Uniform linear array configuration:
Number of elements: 32
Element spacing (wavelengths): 0.25
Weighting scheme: binomial
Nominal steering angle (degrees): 45
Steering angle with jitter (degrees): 46.469
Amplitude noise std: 0.05
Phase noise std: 0.05

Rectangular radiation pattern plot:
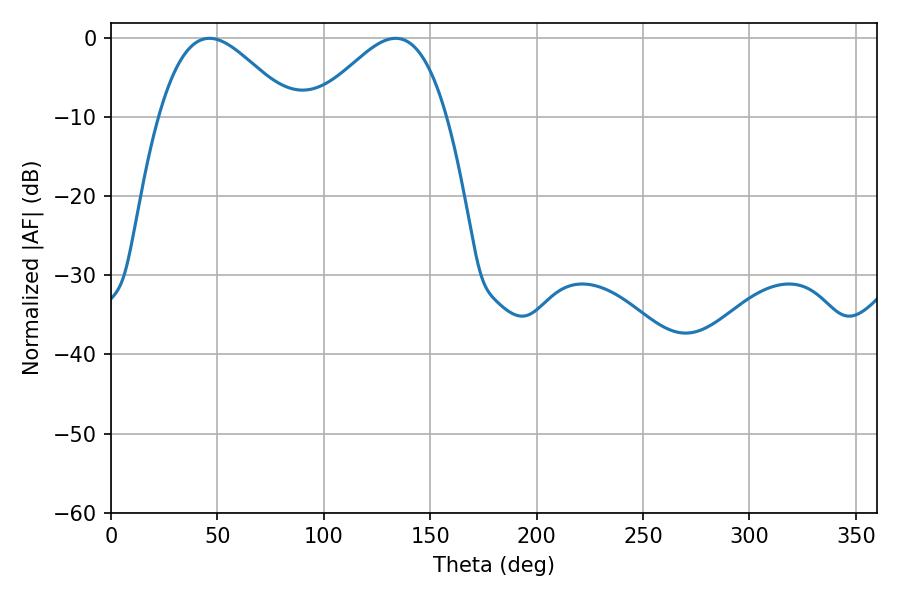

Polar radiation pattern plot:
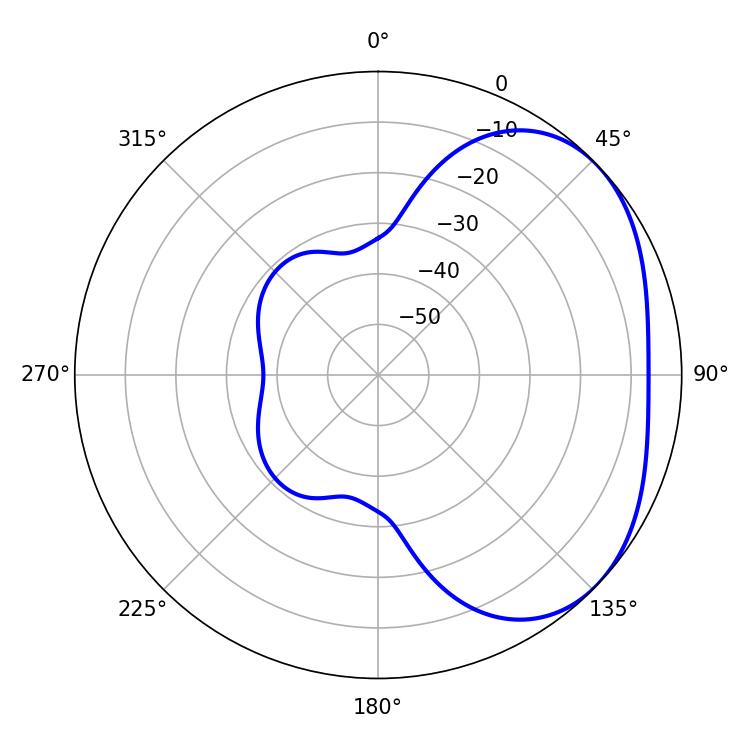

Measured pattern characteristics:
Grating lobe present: FALSE
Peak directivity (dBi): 3.044
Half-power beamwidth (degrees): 33.48
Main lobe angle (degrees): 46.26